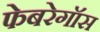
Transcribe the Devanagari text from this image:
फेबरेगॉस